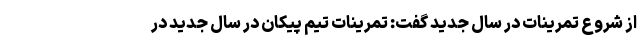
از شروع تمرینات در سال جدید گفت: تمرینات تیم پیکان در سال جدید در